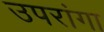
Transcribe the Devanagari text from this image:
उपरांगा